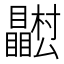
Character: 𭿴